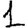
Digit: 1